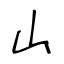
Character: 山